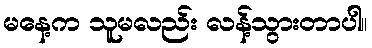
မနေ့က သူမလည်း လန့်သွားတာပါ။